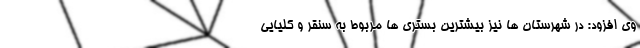
وی افزود: در شهرستان ها نیز بیشترین بستری ها مربوط به سنقر و کلیایی